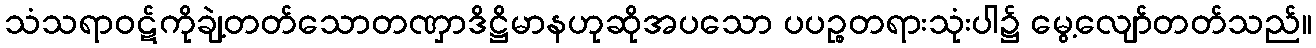
သံသရာဝဋ်ကိုချဲ့တတ်သောတဏှာဒိဋ္ဌိမာနဟုဆိုအပသော ပပဉ္စတရားသုံးပါ၌ မွေ့လျော်တတ်သည်။